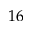
1 6